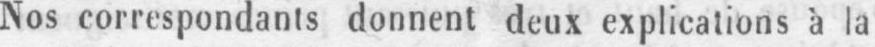
Nos correspondants donnent deux explications à la